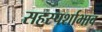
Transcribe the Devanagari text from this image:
सहस्पर्शाभाव